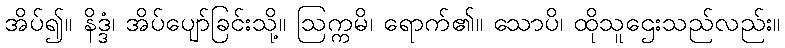
အိပ်၍။ နိဒ္ဒံ၊ အိပ်ပျော်ခြင်းသို့။ ဩက္ကမိ၊ ရောက်၏။ သောပိ၊ ထိုသူဌေးသည်လည်း။